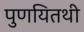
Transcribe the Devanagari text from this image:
पुणयितथी